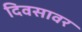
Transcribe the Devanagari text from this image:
दिवसावर